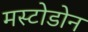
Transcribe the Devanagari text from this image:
मस्टोडोन